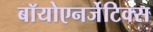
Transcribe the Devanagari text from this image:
बॉयोएनर्जेटिक्स